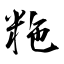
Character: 粚